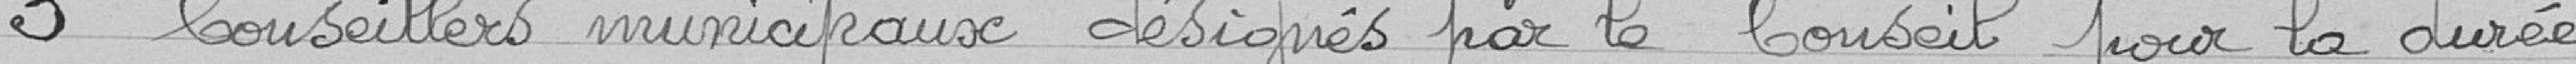
3 conseillers municipaux désignés par le Conseil pour la durée